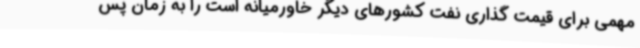
مهمی برای قیمت گذاری نفت کشورهای دیگر خاورمیانه است را به زمان پس